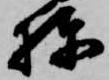
棟